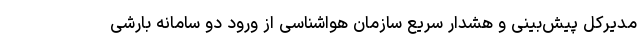
مدیرکل پیش‌بینی و هشدار سریع سازمان هواشناسی از ورود دو سامانه بارشی